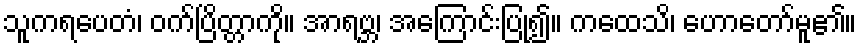
သူကရပေတံ၊ ဝက်ပြိတ္တာကို။ အာရဗ္ဘ၊ အကြောင်းပြု၍။ ကထေသိ၊ ဟောတော်မူ၏။